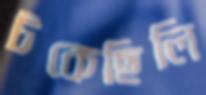
টকেছিলি